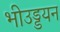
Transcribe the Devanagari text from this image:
भीउड्डयन